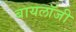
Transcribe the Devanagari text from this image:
बायलॉजी